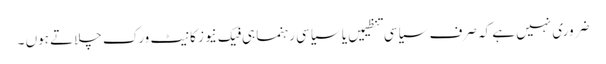
ضروری نہیں ہے کہ صرف سیاسی تنظیمیں یا سیاسی رہنما ہی فیک نیوز کا نیٹ ورک چلاتے ہوں ۔